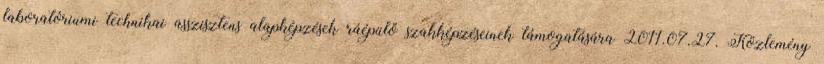
laboratóriumi technikai asszisztens alapképzések ráépülő szakképzéseinek támogatására 2011.07.27. Közlemény